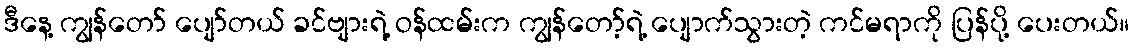
ဒီနေ့ ကျွန်တော် ပျော်တယ် ခင်ဗျားရဲ့ ဝန်ထမ်းက ကျွန်တော့်ရဲ့ ပျောက်သွားတဲ့ ကင်မရာကို ပြန်ပို့ ပေးတယ်။